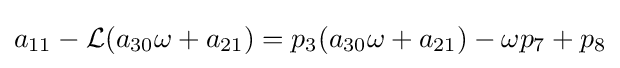
a_{11}-{\mathcal {L}}(a_{30}\omega +a_{21})=p_{3}(a_{30}\omega +a_{21})-\omega p_{7}+p_{8}